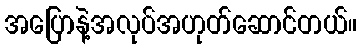
အပြောနဲ့အလုပ်အဟုတ်ဆောင်တယ်။